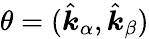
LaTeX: {\theta=(\hat{\boldsymbol{k}}_{\alpha},\hat{\boldsymbol{k}}_{\beta})}